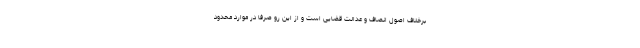
برخلاف اصول انصاف و عدالت قضایی است و از این رو صرفاً در موارد محدود